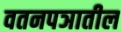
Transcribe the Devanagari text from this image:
वतनपञातील